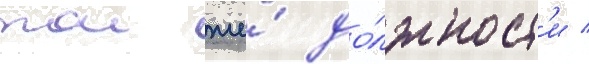
тои же́ до́лжност'и /